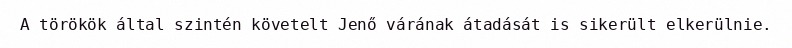
A törökök által szintén követelt Jenő várának átadását is sikerült elkerülnie.